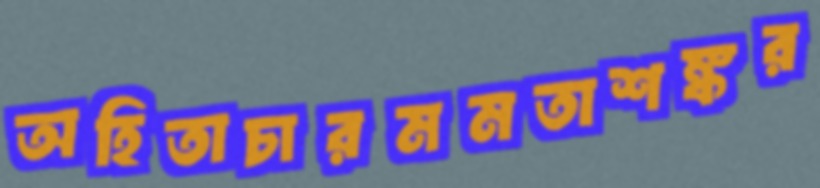
অহিতাচারমমতাশঙ্কর